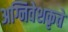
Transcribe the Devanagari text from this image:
अग्निवेशकृते